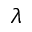
\lambda